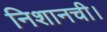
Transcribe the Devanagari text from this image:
निशानची।